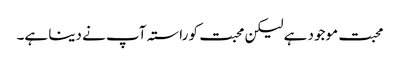
محبت موجود ہے لیکن محبت کو راستہ آپ نے دینا ہے۔